Scottish Leaving Certificate Examination, 1952
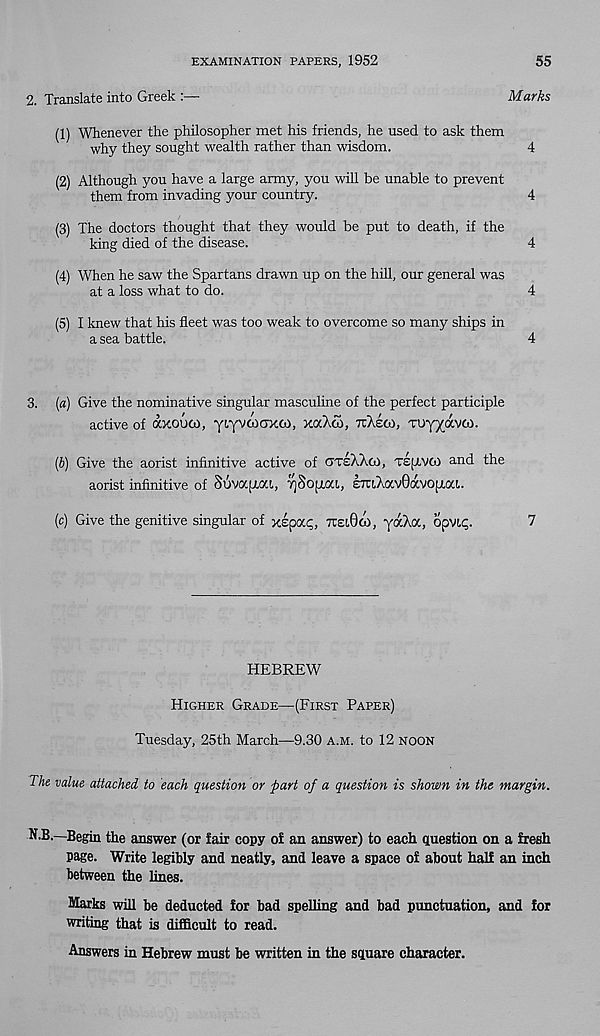
EXAMINATION PAPERS, 1952
55
2. Translate into Greek
Marks
(1) Whenever the philosopher met his friends, he used to ask them
why they sought wealth rather than wisdom.
4
(2) Although you have a large army, you will be unable to prevent
them from invading your country.
4
(3) The doctors thought that they would be put to death, if the
king died of the disease.
4
(4) When he saw the Spartans drawn up on the hill, our general was
at a loss what to do.
4
(5) I knew that his fleet was too weak to overcome so many ships in
a sea battle.
4
3. [a) Give the nominative singular mascuhne of the perfect participle
active of axouco, yLyvcnaxco, xaAm, xAeco, TUyyavw.
ip) Give the aorist infinitive active of oteXAco, TEfAVCO and the
aorist infinitive of Sovapxi, TjSofxai, E7uXav0avo(xai.
(c) Give the genitive singular of xspac;, TCiOo), yaXa, 6pvi<;.
7
HEBREW
Higher Grade—(First Paper)
Tuesday, 25th March—9.30 a.m. to 12 noon
The value attached to each question or part of a question is shown in the margin.
N.B.—Begin the answer (or fair copy of an answer) to each question on a fresh
page. Write legibly and neatly, and leave a space of about half an inch
between the lines.
Marks will be deducted for bad spelling and bad punctuation, and for
writing that is difficult to read.
Answers in Hebrew must be written in the square character.